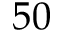
5 0